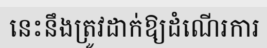
នេះនឹងត្រូវដាក់ឱ្យដំណើរការ